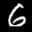
Label: 6